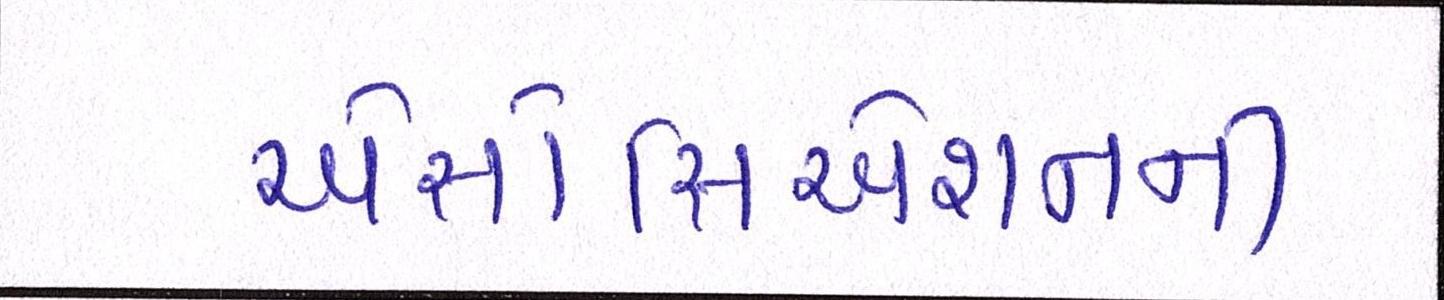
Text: એસોસિએશનની